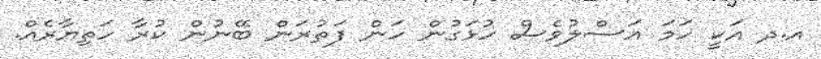
އ.ދ އަކީ ހަމަ އަސްލުވެސް ހުޅަގުން ހަން ފަތުރަން ބޭނުން ކުރާ ހަތިޔާރެއް.